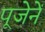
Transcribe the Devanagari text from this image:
पूजेनें